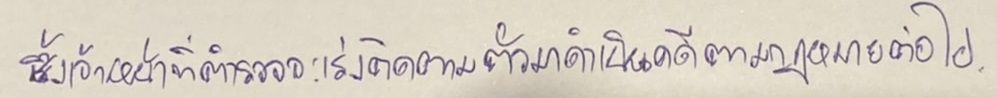
ซึ่งเจ้าหน้าที่ตำรวจจะเร่งติดตามตัวมาดำเนินคดีตามกฎหมายต่อไป